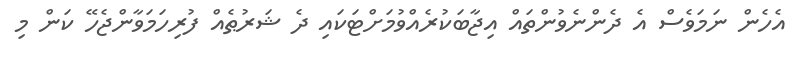
އެހެން ނަމަވެސް އެ ދެންނެވުންތައް އިޖާބަކުރެއްވުމަށްޓަކައި ދެ ޝަރުޠެއް ފުރިހަމަވާންޖެހޭ ކަން މި